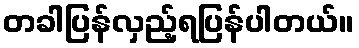
တခါပြန်လှည့်ရပြန်ပါတယ်။